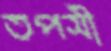
তপসী